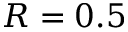
R = 0 . 5